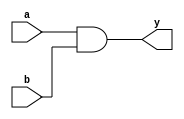
module simple_continuous_assignment (
    input wire a,        // First input signal
    input wire b,        // Second input signal
    output wire y        // Output signal
);

// Continuous assignment using the assign statement
assign y = a & b;      // Output y is the logical AND of inputs a and b

endmodule